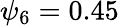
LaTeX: \psi_{6}=0.45